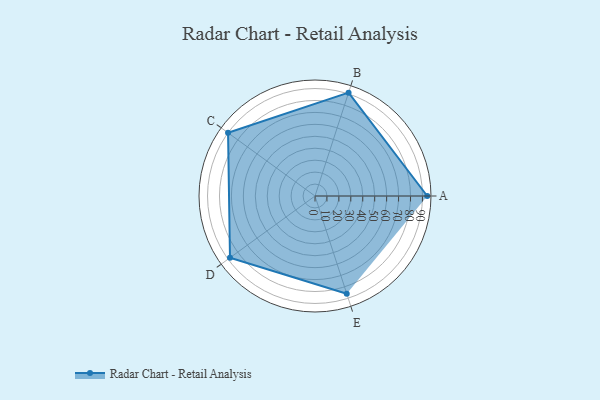
{"axis": {"x": "Skill", "y": "Score"}, "legend": ["Profile"], "data": [{"x": "A", "y": 94.0, "type": "Profile"}, {"x": "B", "y": 91.0, "type": "Profile"}, {"x": "C", "y": 90.0, "type": "Profile"}, {"x": "D", "y": 88.0, "type": "Profile"}, {"x": "E", "y": 86.0, "type": "Profile"}]}